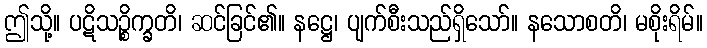
ဤသို့။ ပဋိသဉ္စိက္ခတိ၊ ဆင်ခြင်၏။ နဋ္ဌေ၊ ပျက်စီးသည်ရှိသော်။ နသောစတိ၊ မစိုးရိမ်။